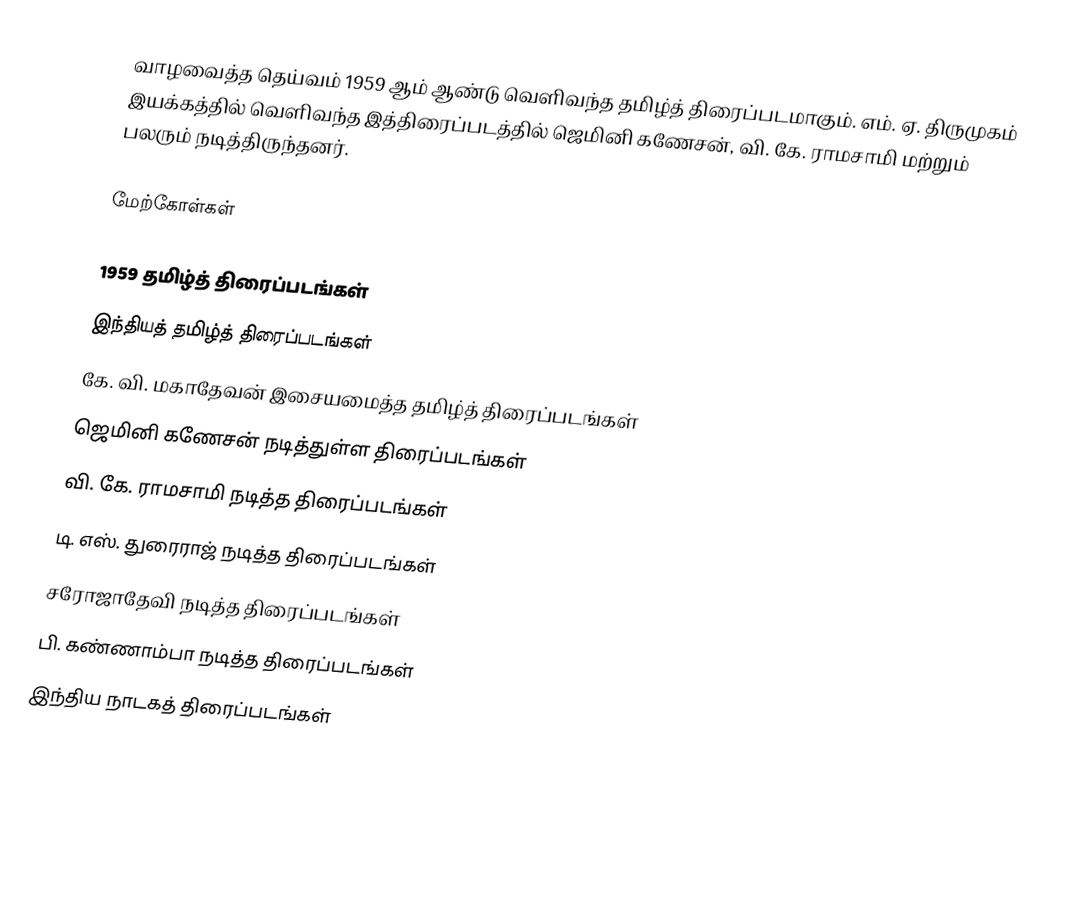
வாழவைத்த தெய்வம் 1959 ஆம் ஆண்டு வெளிவந்த தமிழ்த் திரைப்படமாகும். எம். ஏ. திருமுகம் இயக்கத்தில் வெளிவந்த இத்திரைப்படத்தில் ஜெமினி கணேசன், வி. கே. ராமசாமி மற்றும் பலரும் நடித்திருந்தனர்.

மேற்கோள்கள்

1959 தமிழ்த் திரைப்படங்கள்
இந்தியத் தமிழ்த் திரைப்படங்கள்
கே. வி. மகாதேவன் இசையமைத்த தமிழ்த் திரைப்படங்கள்
ஜெமினி கணேசன் நடித்துள்ள திரைப்படங்கள்
வி. கே. ராமசாமி நடித்த திரைப்படங்கள்
டி. எஸ். துரைராஜ் நடித்த திரைப்படங்கள்
சரோஜாதேவி நடித்த திரைப்படங்கள்
பி. கண்ணாம்பா நடித்த திரைப்படங்கள்
இந்திய நாடகத் திரைப்படங்கள்